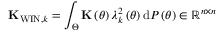
{ \bf K } _ { \mathrm { W I N } , k } = \int _ { \Theta } { \bf K } \left( \theta \right) \lambda _ { k } ^ { 2 } \left( \theta \right) \mathrm { d } { \cal P } \left( \theta \right) \in \mathbb { R } ^ { n \times n }